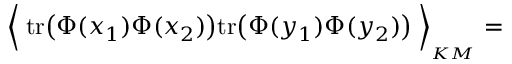
\Big \langle \; \mathrm { t r } \big ( \Phi ( x _ { 1 } ) \Phi ( x _ { 2 } ) \big ) \mathrm { t r } \big ( \Phi ( y _ { 1 } ) \Phi ( y _ { 2 } ) \big ) \; \Big \rangle _ { \mathrm { } _ { K M } } =